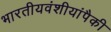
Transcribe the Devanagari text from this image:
भारतीयवंशीयांपैकी